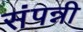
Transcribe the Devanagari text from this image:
संपन्नी